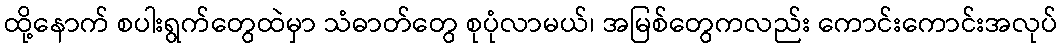
ထို့နောက် စပါးရွက်တွေထဲမှာ သံဓာတ်တွေ စုပုံလာမယ်၊ အမြစ်တွေကလည်း ကောင်းကောင်းအလုပ်